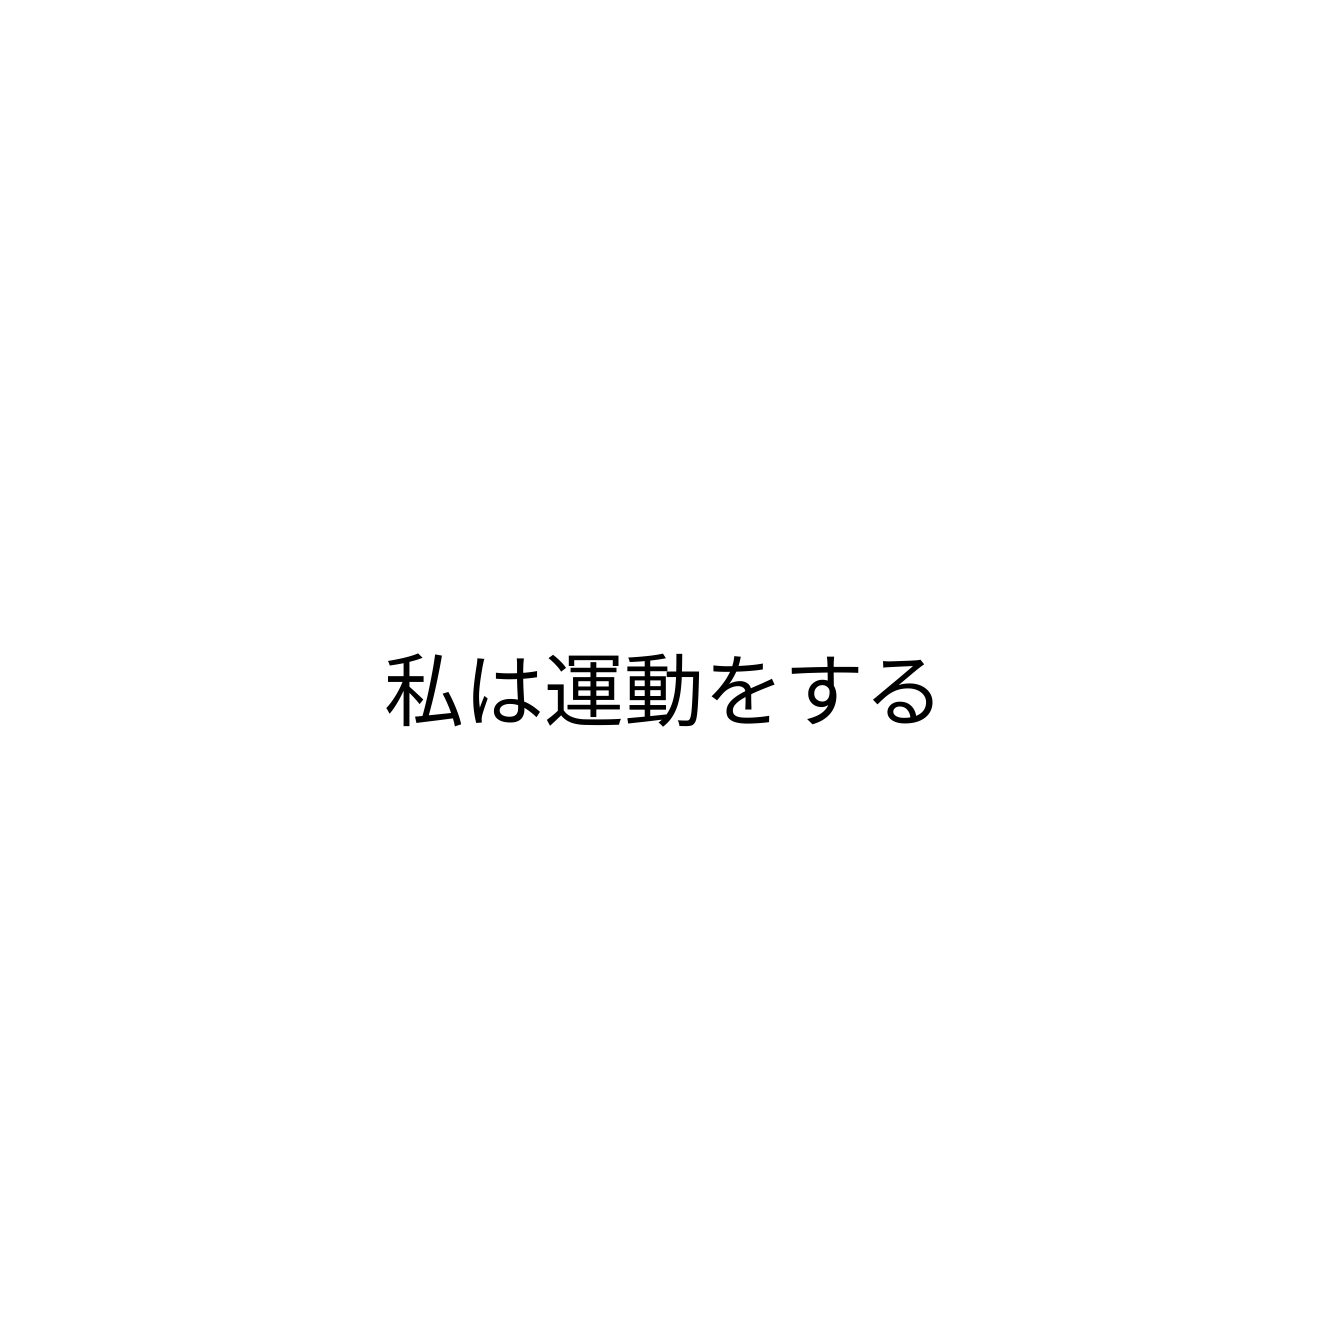
私は運動をする